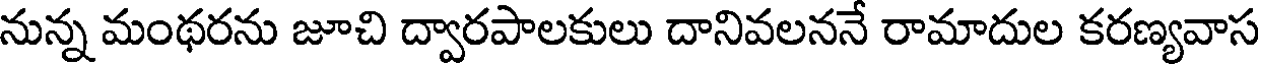
నున్న మంథరను జూచి ద్వారపాలకులు దానివలననే రామాదుల కరణ్యవాస